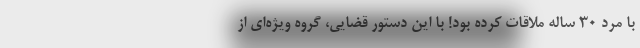
با مرد ۳۰ ساله ملاقات کرده بود! با این دستور قضایی، گروه ویژه‌ای از